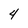
Character: 4